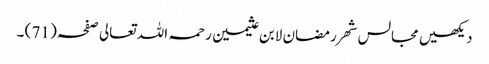
دیکھیں مجالس شھر رمضان لابن عثیمین رحمہ اللہ تعالی صفحہ ( 71 ) ۔